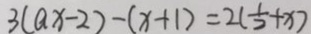
1 3 ( a x - 2 ) - ( x + 1 ) = 2 ( \frac { 1 } { 2 } + x )